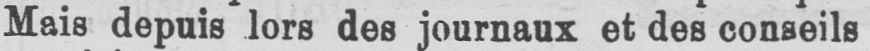
Mais depuis lors des journaux et des conseils